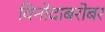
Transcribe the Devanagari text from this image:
विनोदाबरोबर